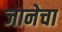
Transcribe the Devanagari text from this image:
जानेचा